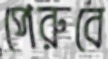
পেরুবে